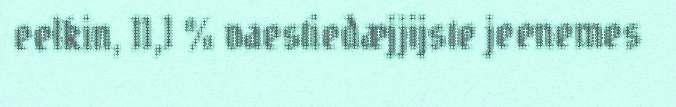
eelkin, 11,1 % vaestiedæjjijste jeenemes